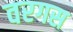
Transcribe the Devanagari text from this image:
वरगस